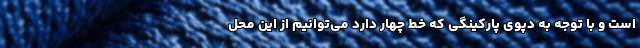
است و با توجه به دپوی پارکینگی که خط چهار دارد می‌توانیم از این محل